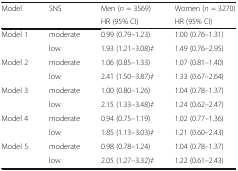
<table><thead><tr><td rowspan="2"><b>Model</b></td><td rowspan="2"><b>SNS</b></td><td><b>Men (<i>n</i> = 3569)</b></td><td><b>Women (<i>n</i> = 3270)</b></td></tr><tr><td><b>HR (95% CI)</b></td><td><b>HR (95% CI)</b></td></tr></thead><tbody><tr><td rowspan="2">Model 1</td><td>moderate</td><td>0.99 (0.79–1.23)</td><td>1.00 (0.76–1.31)</td></tr><tr><td>low</td><td>1.93 (1.21–3.08)<i>‡</i></td><td>1.49 (0.76–2.95)</td></tr><tr><td rowspan="2">Model 2</td><td>moderate</td><td>1.06 (0.85–1.33)</td><td>1.07 (0.81–1.40)</td></tr><tr><td>low</td><td>2.41 (1.50–3.87)<i>‡</i></td><td>1.33 (0.67–2.64)</td></tr><tr><td rowspan="2">Model 3</td><td>moderate</td><td>1.00 (0.80–1.26)</td><td>1.04 (0.78–1.37)</td></tr><tr><td>low</td><td>2.15 (1.33–3.48)<i>‡</i></td><td>1.24 (0.62–2.47)</td></tr><tr><td rowspan="2">Model 4</td><td>moderate</td><td>0.94 (0.75–1.19)</td><td>1.02 (0.77–1.36)</td></tr><tr><td>low</td><td>1.85 (1.13–3.03)<i>‡</i></td><td>1.21 (0.60–2.43)</td></tr><tr><td rowspan="2">Model 5</td><td>moderate</td><td>0.98 (0.78–1.24)</td><td>1.04 (0.78–1.37)</td></tr><tr><td>low</td><td>2.05 (1.27–3.32)<i>‡</i></td><td>1.22 (0.61–2.43)</td></tr></tbody></table>